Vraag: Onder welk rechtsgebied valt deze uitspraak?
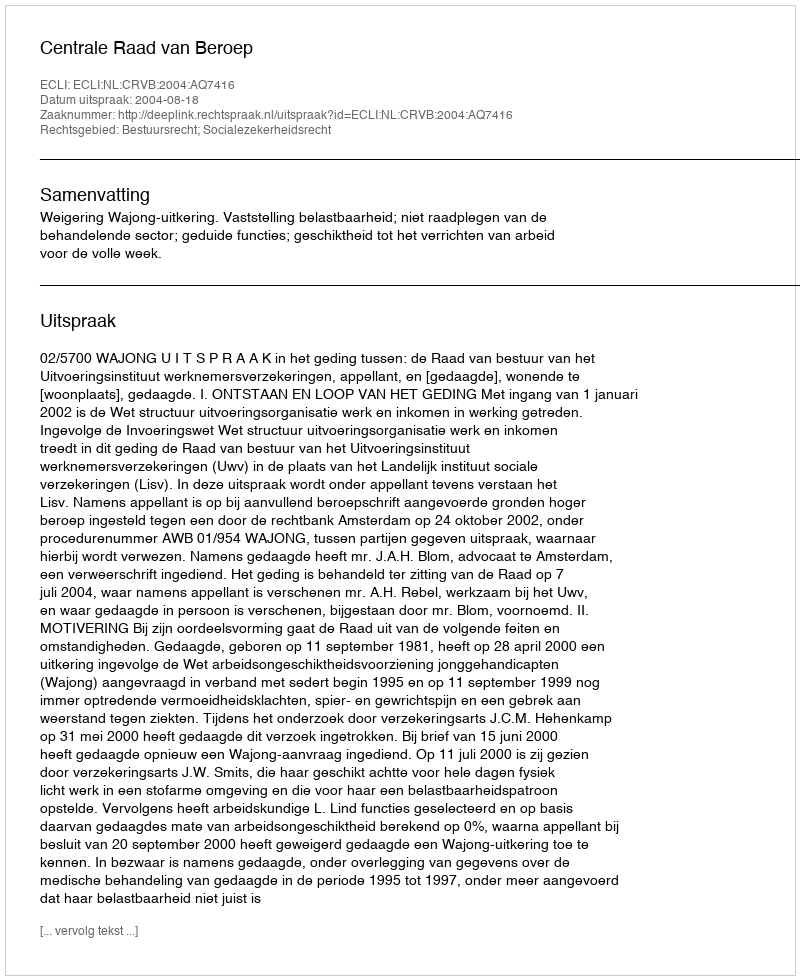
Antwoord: Bestuursrecht; Socialezekerheidsrecht